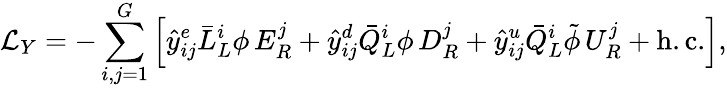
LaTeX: {\cal L}_{Y}=-\sum_{i,j=1}^{G}\left[\hat{y}_{ij}^{e}\bar{L}_{L}^{i}\phi\, E_{R}^{j}+\hat{y}_{ij}^{d}\bar{Q}_{L}^{i}\phi\, D_{R}^{j}+\hat{y}_{ij}^{u}\bar{Q}_{L}^{i}\tilde{\phi}\, U_{R}^{j}+\mathrm{h.c.}\right],